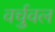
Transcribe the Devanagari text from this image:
वर्चुवल